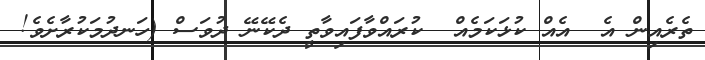
ތެރެއިން އެ  އެއް ކުޅަކަމެއް  ކުރައްވާފައިވާތީ ދެކޭނޭ ދުވަސް (ހަނދުމަކުރާށެވެ!